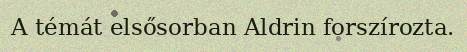
A témát elsősorban Aldrin forszírozta.